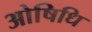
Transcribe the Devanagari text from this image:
ओषिधि